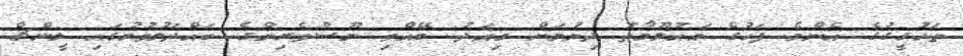
ތަހުގީގުގެ އެންމެ ފަހުގެ މައުލޫމާތު ދިނުމަށް މިއަދު ބޭއްވި ނޫސްވެރިންގެ ބައްދަލުވުމުގައި ލީންޗް